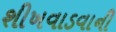
શીખવાડવાની